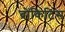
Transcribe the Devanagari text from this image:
ब्रोंकिटिस